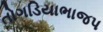
તોગડિયાભાજપ